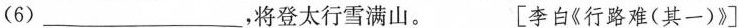
(6)___，将登太行雪满山。 [李白《行路难(其一)》]